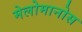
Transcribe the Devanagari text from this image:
मेलोमानोस